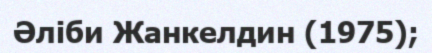
Әліби Жанкелдин (1975);